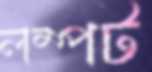
লম্পট